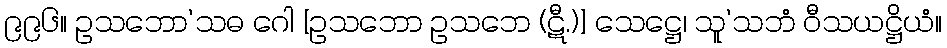
၉၉၆။ ဥသဘော’သဓ ဂေါ [ဥသဘော ဥသဘေ (ဋီ.)] သေဋ္ဌေ၊ သူ’သဘံ ဝီသယဋ္ဌိယံ။